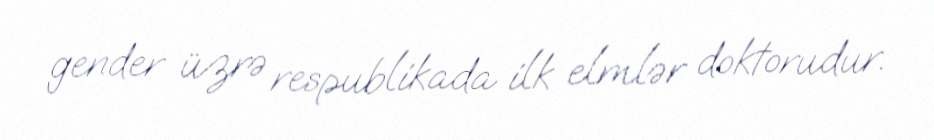
gender üzrə respublikada ilk elmlər doktorudur.